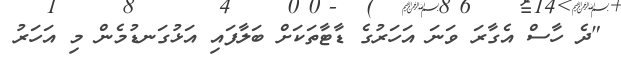
"ދެ ހާސް އެގާރަ ވަނަ އަަހަރުގެ ޑާޓާތަކަށް ބަލާފައި އަޅުގަނޑުމެން މި އަހަރު